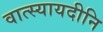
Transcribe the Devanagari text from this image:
वात्स्यायदीनि